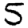
Digit: 5